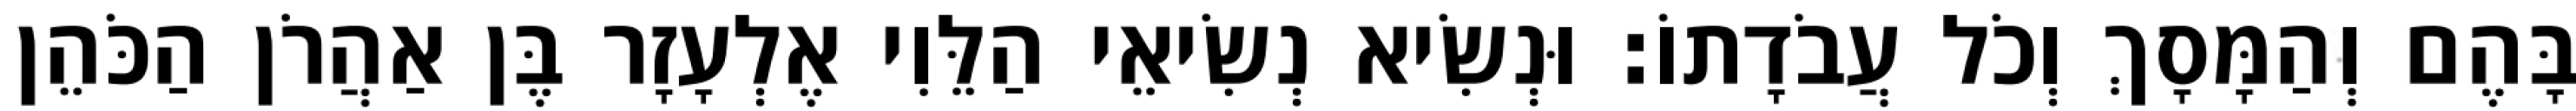
בָּהֶם וְהַמָּסָךְ וְכֹל עֲבֹדָתוֹ׃ וּנְשִׂיא נְשִׂיאֵי הַלֵּוִי אֶלְעָזָר בֶּן אַהֲרֹן הַכֹּהֵן